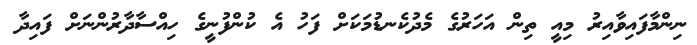
ނިންމާފައިވާއިރު މިއީ ތިން އަހަރުގެ މެދުކެނޑުމަކަށް ފަހު އެ ކުންފުނީގެ ހިއްސާދާރުންނަށް ފައިދާ